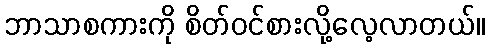
ဘာသာစကားကို စိတ်ဝင်စားလို့လေ့လာတယ်။